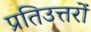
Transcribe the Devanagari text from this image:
प्रतिउत्तरों